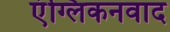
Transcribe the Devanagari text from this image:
एंग्लिकनवाद